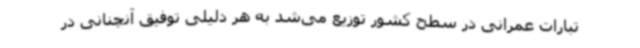
تبارات عمرانی در سطح کشور توزیع می‌شد به هر دلیلی توفیق آنچنانی در